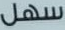
سهل